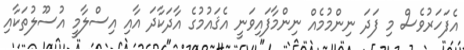
އެފަހަރުވެސް މި ފަދަ ނިންމުމެއް ނިންމާފައިވަނީ އެޤައުމުގެ އާދަކާދަ އާއި އިސްލާމީ އުސޫލުތަކާއި